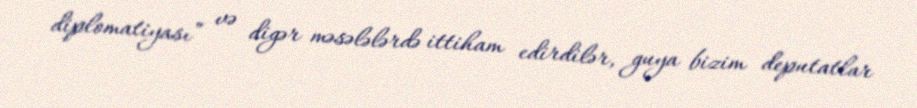
diplomatiyası” və digər məsələlərdə ittiham edirdilər, guya bizim deputatlar